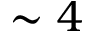
\sim 4